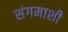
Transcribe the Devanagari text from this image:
संगमाशी